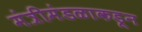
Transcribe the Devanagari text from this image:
मंत्रीमंडळाकडून